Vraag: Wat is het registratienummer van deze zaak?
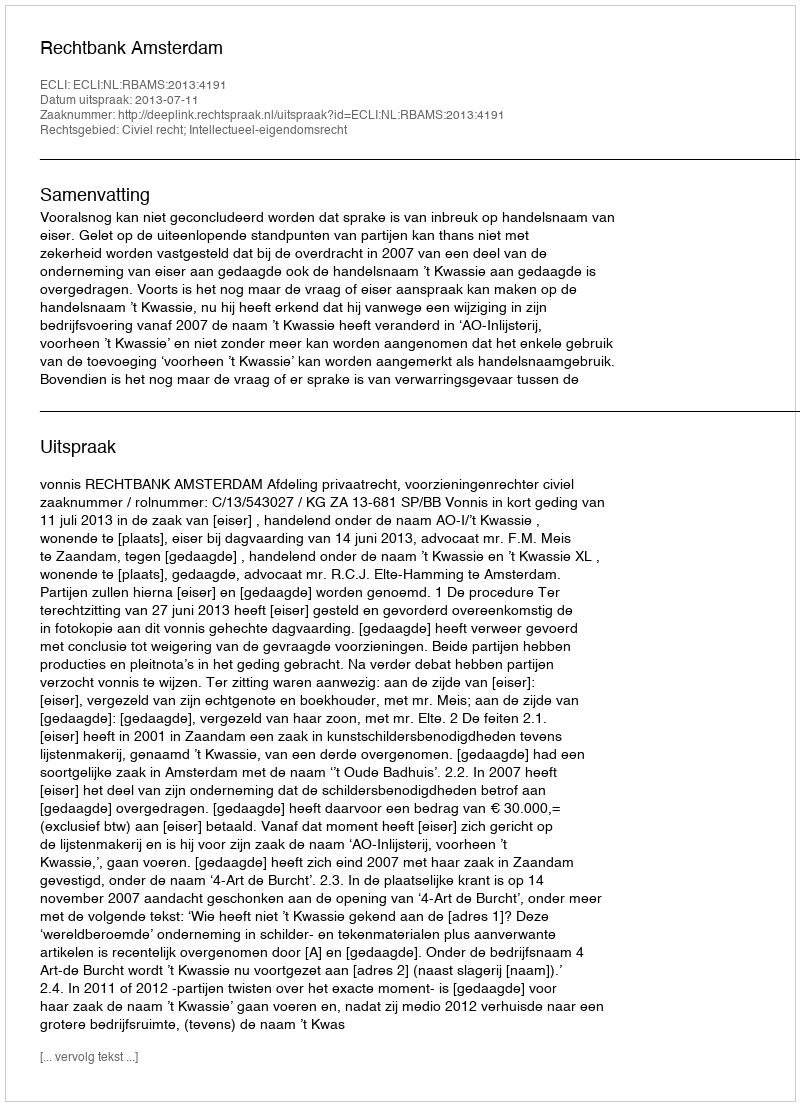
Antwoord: http://deeplink.rechtspraak.nl/uitspraak?id=ECLI:NL:RBAMS:2013:4191